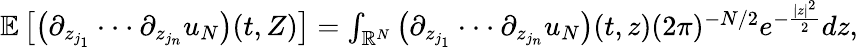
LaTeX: \begin{array}{r}{\mathbb{E}\left[\left(\partial_{z_{j_{1}}}\cdot\cdot\cdot\partial_{z_{j_{n}}}u_{N}\right)(t,Z)\right]=\int_{\mathbb{R}^{N}}\left(\partial_{z_{j_{1}}}\cdot\cdot\cdot\partial_{z_{j_{n}}}u_{N}\right)(t,z)(2\pi)^{-N/2}e^{-\frac{|z|^{2}}{2}}dz,}\end{array}